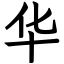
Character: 华